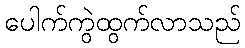
ပေါက်ကွဲထွက်လာသည်